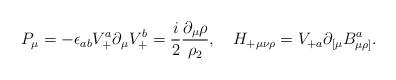
LaTeX: \begin{align*}P_\mu = -\epsilon_{ab} V_+^a \partial_\mu V_+^b= {i\over 2}{\partial_\mu\rho\over\rho_2},\quad H_{+\mu\nu\rho}=V_{+a}\partial_{[\mu}B^a_{\mu\rho]}.\end{align*}